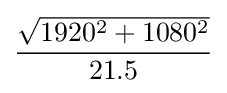
{\frac {\sqrt {1920^{2}+1080^{2}}}{21.5}}